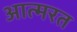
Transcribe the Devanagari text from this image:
आत्मरत